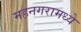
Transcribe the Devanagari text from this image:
महनगरामध्ये